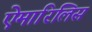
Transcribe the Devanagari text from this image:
ऐमारिलिस